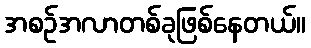
အစဉ်အလာတစ်ခုဖြစ်နေတယ်။